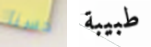
حسنا طبيبة